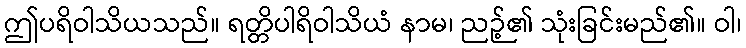
ဤပရိဝါသိယသည်။ ရတ္တိပါရိဝါသိယံ နာမ၊ ညဉ့်၏ သုံးခြင်းမည်၏။ ဝါ၊